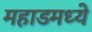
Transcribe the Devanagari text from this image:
महाडमध्ये